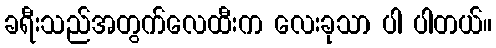
ခရီးသည်အတွက်လေထီးက လေးခုသာ ပါ ပါတယ်။